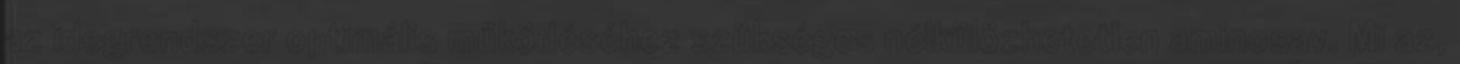
az idegrendszer optimális működéséhez szükséges nélkülözhetetlen aminosav. Mi az,